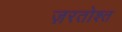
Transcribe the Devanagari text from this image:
ज़रतोश्त